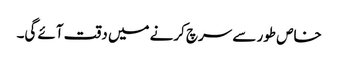
خاص طور سے سرچ کرنے میں دقت آئے گی۔